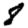
Digit: 8